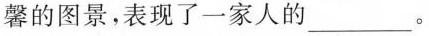
馨的图景，表现了一家人的___。